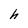
Character: h